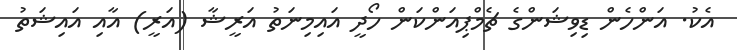
އެކު. އަންހެން ޑިވިޝަންގެ ޗެމްޕިއަންކަން ހޯދީ އައިމިނަތު އަރީޝާ (އަރީ) އާއި އައިޝަތު